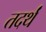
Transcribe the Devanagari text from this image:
तदर्थं